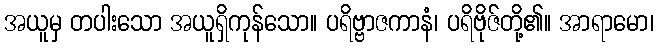
အယူမှ တပါးသော အယူရှိကုန်သော။ ပရိဗ္ဗာဇကာနံ၊ ပရိဗိုဇ်တို့၏။ အာရာမော၊